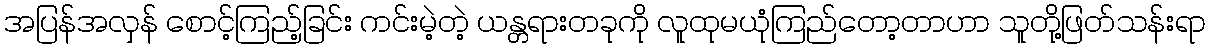
အပြန်အလှန် စောင့်ကြည့်ခြင်း ကင်းမဲ့တဲ့ ယန္တရားတခုကို လူထုမယုံကြည်တော့တာဟာ သူတို့ဖြတ်သန်းရာ